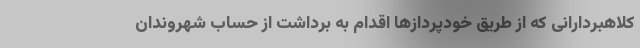
کلاهبردارانی که از طریق خودپردازها اقدام به برداشت از حساب شهروندان